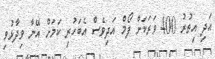
އަދި އިތުރު 400 ވަރަކަށް ފޯމް އަދިވެސް އެބަހުރި ކަމަށް އޭނާ ވިދާޅުވި